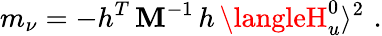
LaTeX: m_{\nu}=-h^{T}\, \mathbf{M}^{-1}\, h\, \langleH_{u}^{0}\rangle^{2}\, \, .